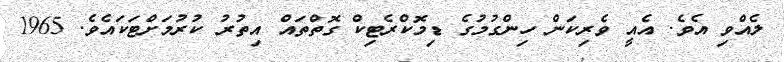
ލެއްވި އެވެ. އެއީ ވެރިކަން ހިންގުމުގެ ޑިމޮކްރެޓިކް ގޮތްތައް އިތުރު ކުރުމަށްޓަކައެވެ. 1965